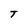
Character: T